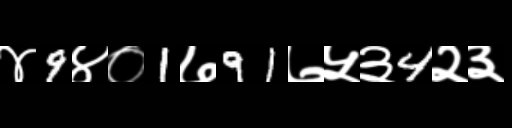
Text: ४9४०1७91७५३4२३